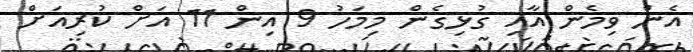
އެން ވިމެން އާއި ގުޅިގެން މިމަހު 9 އިން 11 އަށް ކުރިއަށް